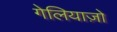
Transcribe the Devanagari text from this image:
गेलियाज़ो